Civil Veterinary Department. United Provinces 1923-31 - 1923-1931
Year: 1923
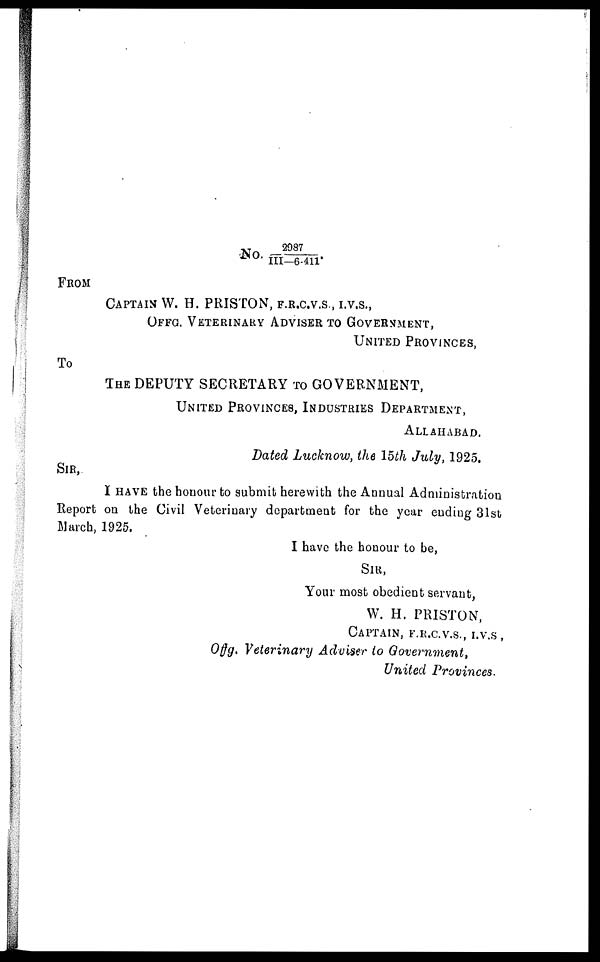
No.
2987
III—6-411*
FROM
CAPTAIN W. H. PRISTON, F.R.C.V.S., I.V.S.,
OFFG. VETERINARY ADVISER TO GOVERNMENT,
UNITED PROVINCES,
To
THE DEPUTY SECRETARY TO GOVERNMENT,
UNITED PROVINCES, INDUSTRIES DEPARTMENT,
ALLAHABAD.
Dated Lucknow, the 15th July, 1925.
SIR,
I HAVE the honour to submit herewith the Annual Administration
Report on the Civil Veterinary department for the year ending 31st
March, 1925.
I have the honour to be,
SIR,
Your most obedient servant,
W. H. PRISTON,
CAPTAIN, F.R.C.V.S., I.V.S,
Of f g. Veterinary Adviser to Government,
United Provinces.